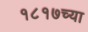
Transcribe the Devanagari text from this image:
१८१७च्या